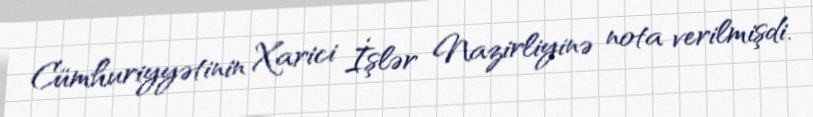
Cümhuriyyətinin Xarici İşlər Nazirliyinə nota verilmişdi.